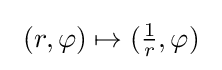
\ (r,\varphi )\mapsto ({\tfrac {1}{r}},\varphi )\